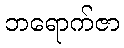
ဘရောက်ဇာ